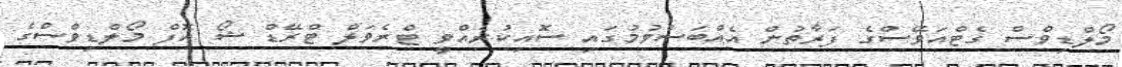
މޯލްޑިވްސް ގެޓްއަވޭސްގެ ފަރާތުން އެއްބަސްވުމުގައި ސޮއިކުރެއްވީ ޓްރެވަލް ޓްރޭޑް ޝޯ އޮފް މޯލްޑިވްސްގެ